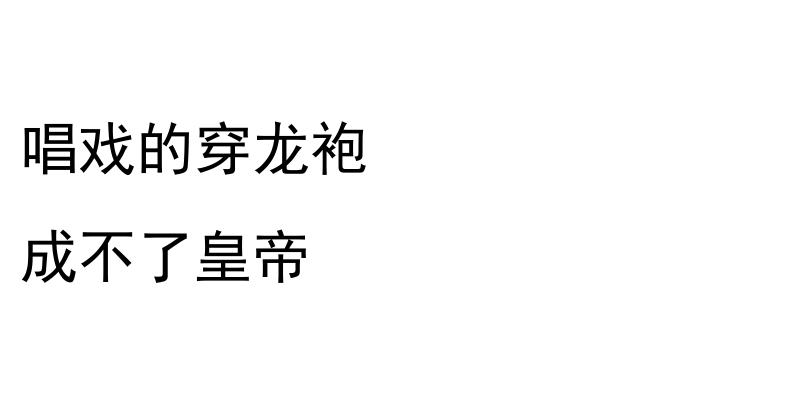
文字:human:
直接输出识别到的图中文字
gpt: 唱戏的穿龙袍 成不了皇帝